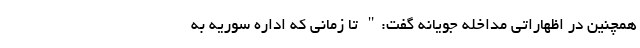
همچنین در اظهاراتی مداخله جویانه گفت:" تا زمانی که اداره سوریه به